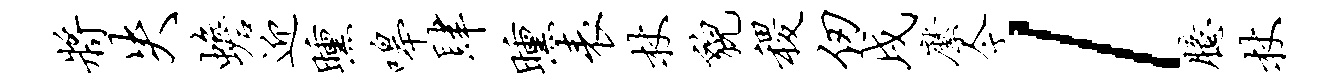
将失蟾迎曛嗥肆曛表杖貌稷仞戌縻今l臆杖